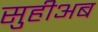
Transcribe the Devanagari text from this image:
सुहीअब